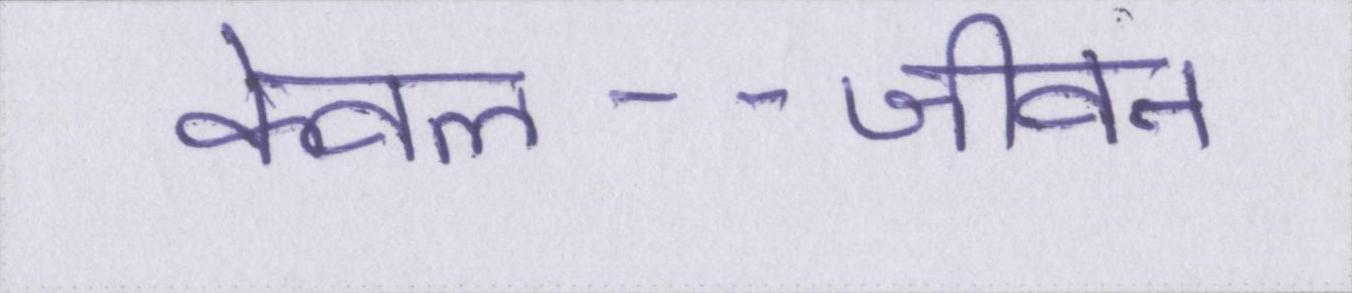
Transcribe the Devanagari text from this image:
केवल--जीवन